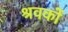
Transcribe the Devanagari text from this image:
श्रवकों